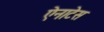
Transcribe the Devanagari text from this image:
ऐनाटेस